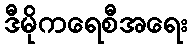
ဒီမိုကရေစီအရေး